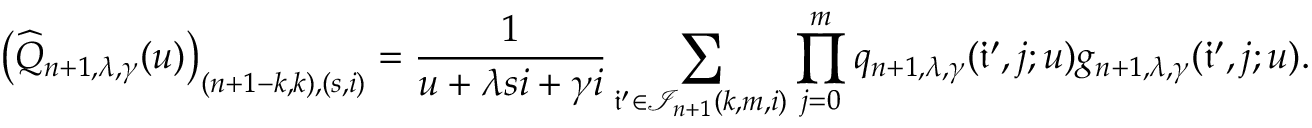
\left( \widehat { Q } _ { n + 1 , \lambda , \gamma } ( u ) \right) _ { ( n + 1 - k , k ) , ( s , i ) } = \frac { 1 } { u + \lambda s i + \gamma i } \sum _ { \mathfrak { i } ^ { \prime } \in \mathcal { I } _ { n + 1 } ( k , m , i ) } \prod _ { j = 0 } ^ { m } q _ { n + 1 , \lambda , \gamma } ( \mathfrak { i } ^ { \prime } , j ; u ) g _ { n + 1 , \lambda , \gamma } ( \mathfrak { i } ^ { \prime } , j ; u ) .